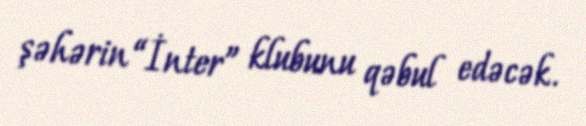
şəhərin “İnter” klubunu qəbul edəcək.